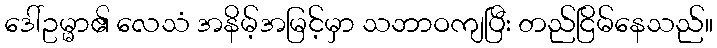
ဒေါ်ဥမ္မာ၏ လေသံ အနိမ့်အမြင့်မှာ သဘာဝကျပြီး တည်ငြိမ်နေသည်။